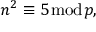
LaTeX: n ^ { 2 } \equiv 5 { \bmod { p } } ,